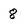
Character: 8